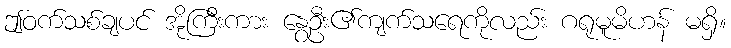
ဤဝက်သစ်ချပင် အိုကြီးကား နွေဦး၏ကျက်သရေကိုလည်း ဂရုမူမိဟန် မရှိ။